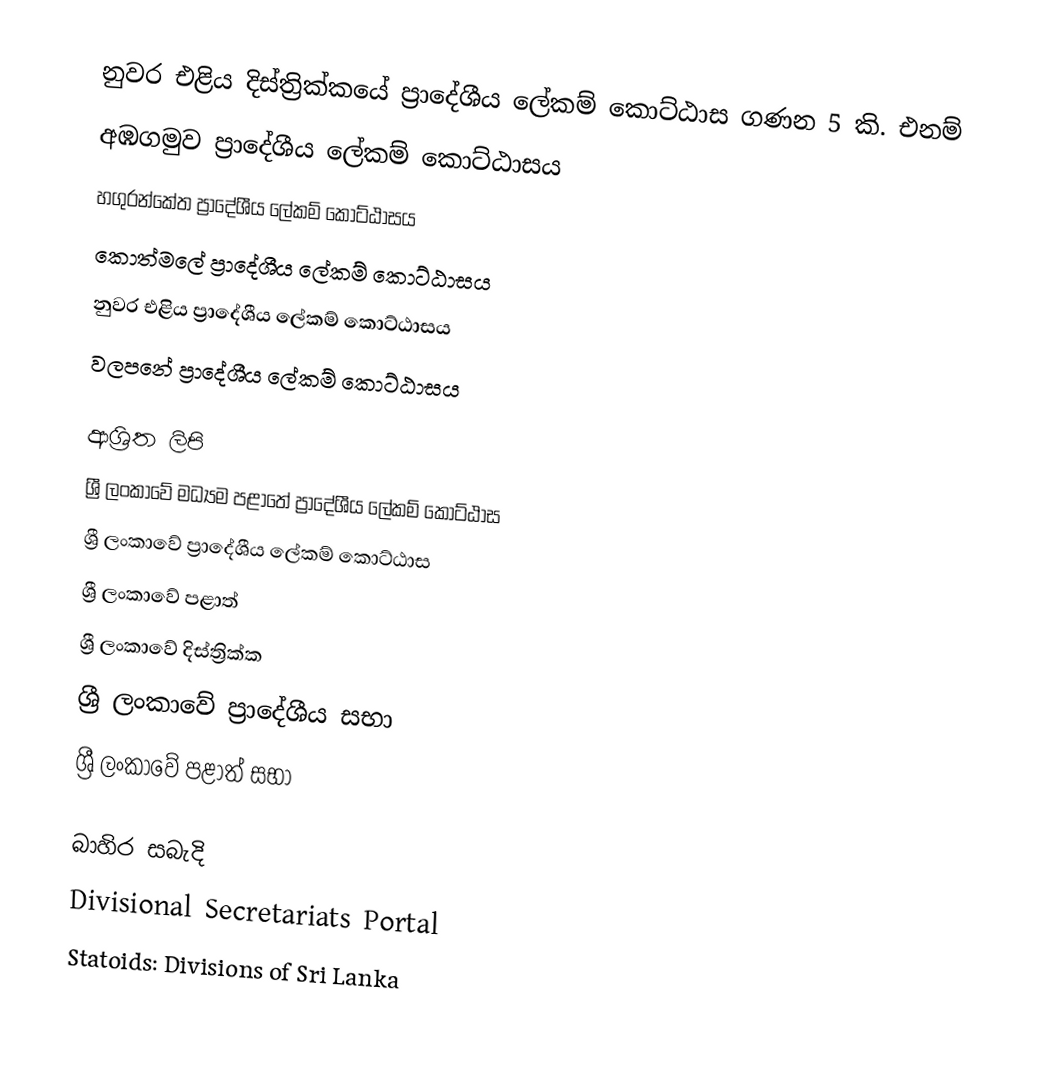
නුවර එළිය දිස්ත්‍රික්කයේ ප්‍රාදේශීය ලේකම් කොට්ඨාස ගණන 5 කි. එනම්
 අඹගමුව ප්‍රාදේශීය ලේකම් කොට්ඨාසය
 හගුරන්කේත ප්‍රාදේශීය ලේකම් කොට්ඨාසය
 කොත්මලේ ප්‍රාදේශීය ලේකම් කොට්ඨාසය
 නුවර එළිය ප්‍රාදේශීය ලේකම් කොට්ඨාසය
 වලපනේ ප්‍රාදේශීය ලේකම් කොට්ඨාසය

ආශ්‍රිත ලිපි
 ශ්‍රී ලංකාවේ මධ්‍යම පළාතේ ප්‍රාදේශීය ලේකම් කොට්ඨාස
 ශ්‍රී ලංකාවේ ප්‍රාදේශීය ලේකම් කොට්ඨාස
 ශ්‍රී ලංකාවේ පළාත්
 ශ්‍රී ලංකාවේ දිස්ත්‍රික්ක
 ශ්‍රී ලංකාවේ ප්‍රාදේශීය සභා
 ශ්‍රී ලංකාවේ පළාත් සභා

බාහිර සබැදි
 Divisional Secretariats Portal
 Statoids: Divisions of Sri Lanka